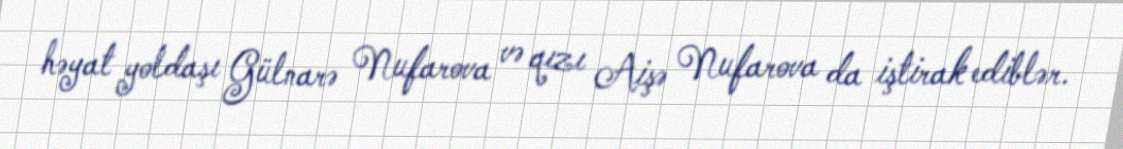
həyat yoldaşı Gülnarə Nufarova və qızı Aişə Nufarova da iştirak ediblər.